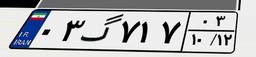
۰۳گ۷۱۷۰۳